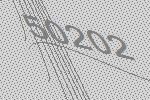
50202